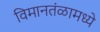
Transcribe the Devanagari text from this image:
विमानतंळामध्ये